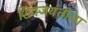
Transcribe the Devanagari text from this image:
शिवजयंतीला